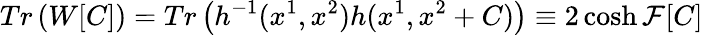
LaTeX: Tr\left(W[C]\right)=Tr\left(h^{-1}(x^{1},x^{2})h(x^{1},x^{2}+C)\right)\equiv 2\cosh{\mathcal{F}[C]}